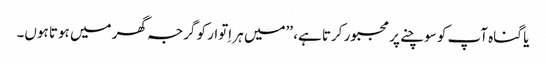
یا گناہ آپ کو سوچنے پر مجبور کرتا ہے، ’’میں ہر اِتوار کو گرجہ گھر میں ہوتا ہوں۔